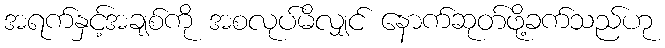
အရက်နှင့်အချစ်ကို အစလုပ်မိလျှင် နောက်ဆုတ်ဖို့ခက်သည်ဟု